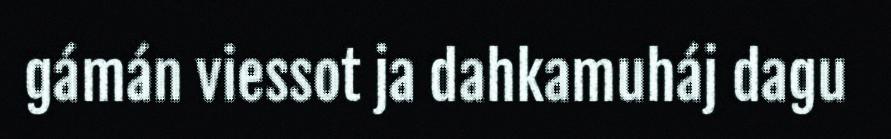
gámán viessot ja dahkamuháj dagu